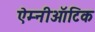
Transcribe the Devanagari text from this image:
ऐम्नीऑटिक